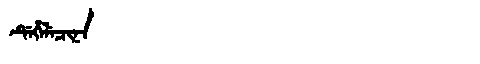
Manchu: ᡩᡝᡥᡝᠯᡝᠴᡳᠨᠠ
Romanization: DEHELECINA